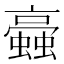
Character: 𧓂